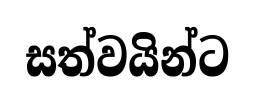
සත්වයින්ට